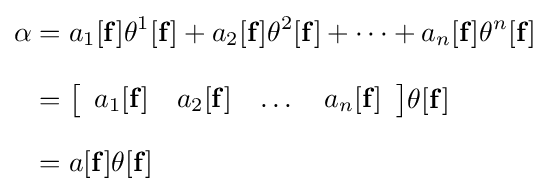
{\begin{aligned}\alpha &=a_{1}[\mathbf {f} ]\theta ^{1}[\mathbf {f} ]+a_{2}[\mathbf {f} ]\theta ^{2}[\mathbf {f} ]+\cdots +a_{n}[\mathbf {f} ]\theta ^{n}[\mathbf {f} ]\\[8pt]&={\big \lbrack }{\begin{array}{cccc}a_{1}[\mathbf {f} ]&a_{2}[\mathbf {f} ]&\dots &a_{n}[\mathbf {f} ]\end{array}}{\big \rbrack }\theta [\mathbf {f} ]\\[8pt]&=a[\mathbf {f} ]\theta [\mathbf {f} ]\end{aligned}}